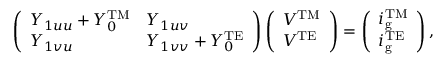
\left( \begin{array} { l l } { Y _ { 1 u u } + Y _ { 0 } ^ { \mathrm { T M } } } & { Y _ { 1 u v } } \\ { Y _ { 1 v u } } & { Y _ { 1 v v } + Y _ { 0 } ^ { \mathrm { T E } } } \end{array} \right) \left( \begin{array} { l } { V ^ { \mathrm { T M } } } \\ { V ^ { \mathrm { T E } } } \end{array} \right) = \left( \begin{array} { l } { i _ { \mathrm { g } } ^ { \mathrm { T M } } } \\ { i _ { \mathrm { g } } ^ { \mathrm { T E } } } \end{array} \right) ,